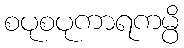
စပုစပုကာရကမ္ပိ